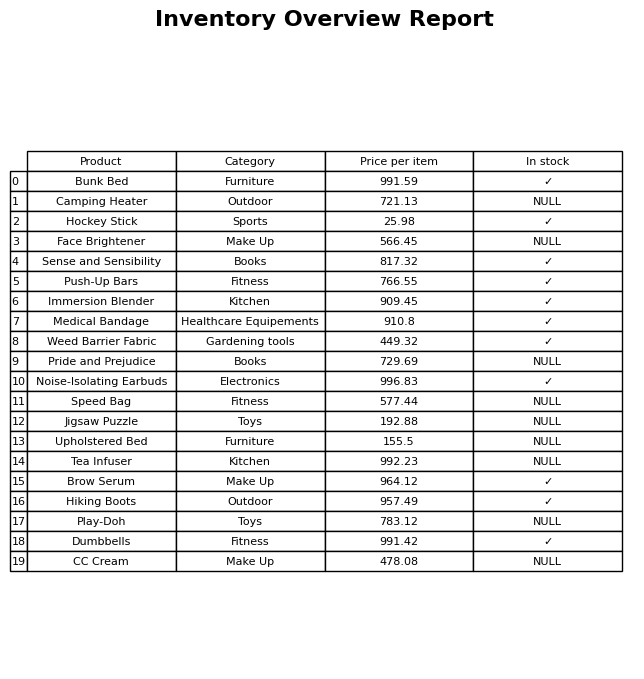
question: What is the stock status of the Play-Doh?
answer: NULL